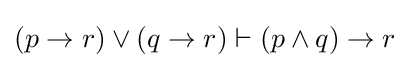
(p\rightarrow r)\lor (q\rightarrow r)\vdash (p\land q)\rightarrow r